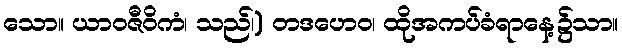
သော။ ယာဝဇီဝိကံ၊ သည်၊) တဒဟေဝ၊ ထိုအကပ်ခံရာနေ့၌သာ။